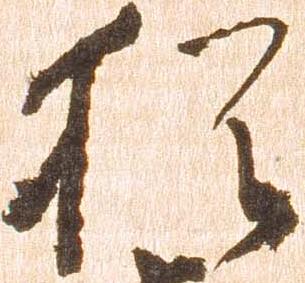
猶